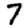
Digit: 7